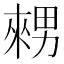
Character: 𤳇